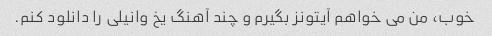
خوب، من می خواهم آیتونز بگیرم و چند آهنگ یخ وانیلی را دانلود کنم.